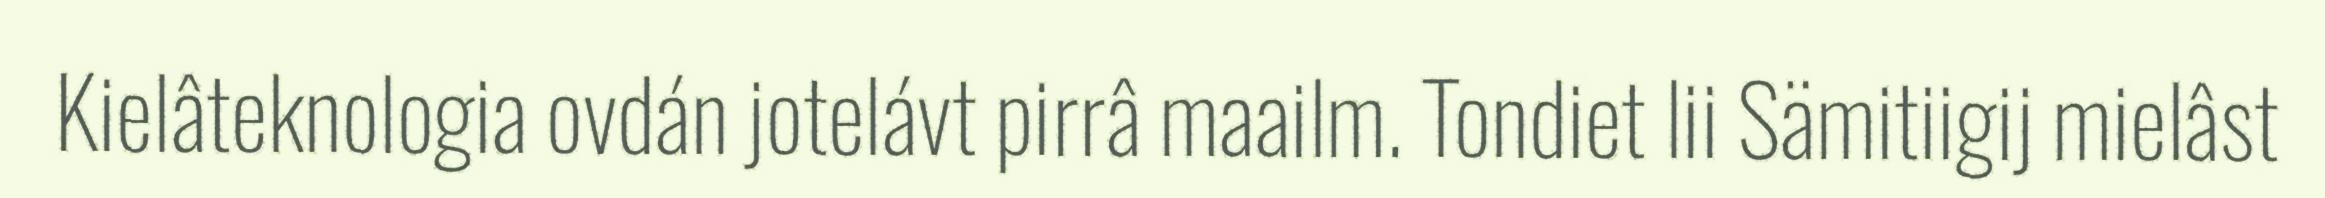
Kielâteknologia ovdán jotelávt pirrâ maailm. Tondiet lii Sämitiigij mielâst